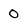
Character: 0